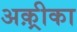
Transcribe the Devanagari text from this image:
अक़्रीका